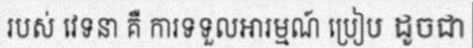
របស់ វេទនា គឺ ការទទួលឤរម្មណ៍ ប្រៀប ដូចជា